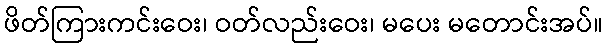
ဖိတ်ကြားကင်းဝေး၊ ဝတ်လည်းဝေး၊ မပေး မတောင်းအပ်။